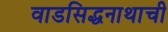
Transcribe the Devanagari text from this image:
वाडसिद्धनाथाची